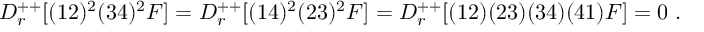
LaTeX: D _ { r } ^ { + + } [ ( 1 2 ) ^ { 2 } ( 3 4 ) ^ { 2 } { \cal F } ] = D _ { r } ^ { + + } [ ( 1 4 ) ^ { 2 } ( 2 3 ) ^ { 2 } { \cal F } ] = D _ { r } ^ { + + } [ ( 1 2 ) ( 2 3 ) ( 3 4 ) ( 4 1 ) { \cal F } ] = 0 \; .